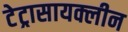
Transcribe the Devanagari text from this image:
टेट्रासायक्लीन